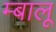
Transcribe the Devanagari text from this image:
म्बालू